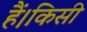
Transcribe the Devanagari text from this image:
हैं।किसी